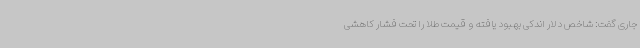
جاری گفت: شاخص دلار اندکی بهبود یافته و قیمت طلا را تحت فشار کاهشی